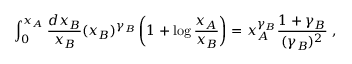
\int _ { 0 } ^ { x _ { A } } { \frac { d x _ { B } } { x _ { B } } } ( x _ { B } ) ^ { \gamma _ { B } } \left( 1 + \log { \frac { x _ { A } } { x _ { B } } } \right) = x _ { A } ^ { \gamma _ { B } } { \frac { 1 + \gamma _ { B } } { ( \gamma _ { B } ) ^ { 2 } } } \, \, ,